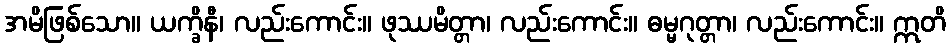
အမိဖြစ်သော။ ယက္ခိနီ၊ လည်းကောင်း။ ဖုဿမိတ္တာ၊ လည်းကောင်း။ ဓမ္မဂုတ္တာ၊ လည်းကောင်း။ ဣတိ